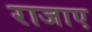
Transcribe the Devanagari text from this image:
राजाए